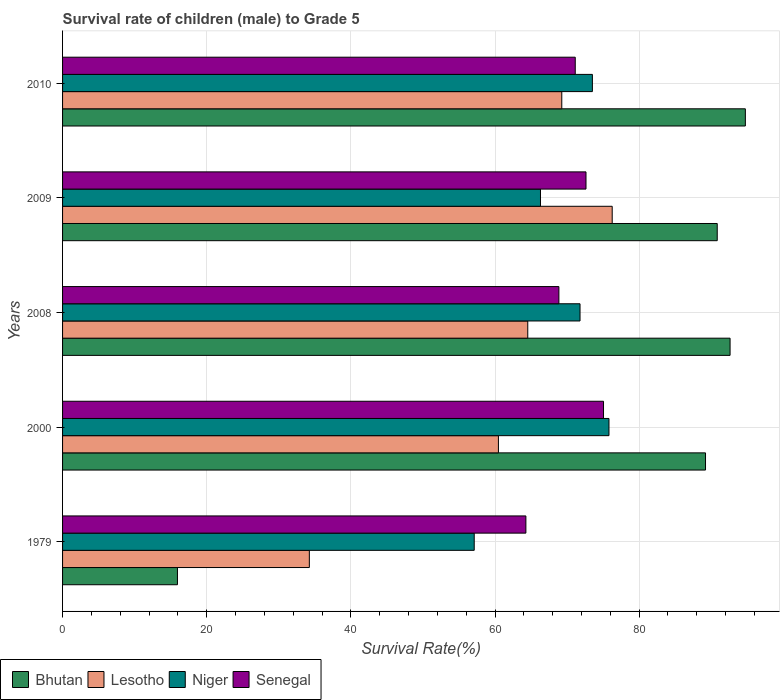
| Years | Bhutan | Lesotho | Niger | Senegal |
 | --- | --- | --- | --- | --- |
 | 1979 | 15.9 | 34.2 | 57.1 | 64.3 |
 | 2000 | 89.2 | 60.5 | 75.8 | 75.1 |
 | 2008 | 92.6 | 64.5 | 71.8 | 68.9 |
 | 2009 | 90.8 | 76.3 | 66.3 | 72.6 |
 | 2010 | 94.7 | 69.3 | 73.5 | 71.1 |